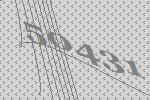
50431